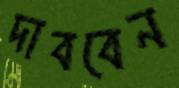
দাববেন